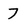
Character: 7